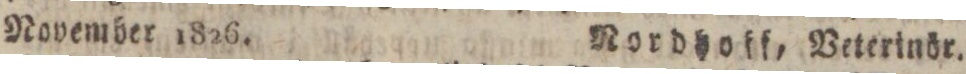
November 1826.    Nordhoff, Veterinör.